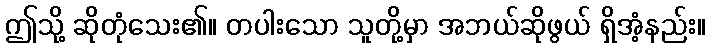
ဤသို့ ဆိုတုံသေး၏။ တပါးသော သူတို့မှာ အဘယ်ဆိုဖွယ် ရှိအံ့နည်း။